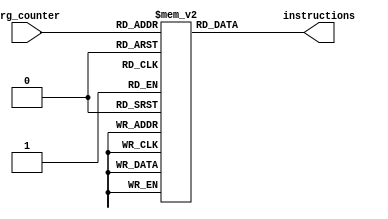
`timescale 1ns / 1ps
//////////////////////////////////////////////////////////////////////////////////
// Company: 
// Engineer: 
// 
// Design Name: 
// Module Name: pro_memory
// Project Name: 
// Target Devices: 
// Tool Versions: 
// Description: 
// 
// Dependencies: 
// 
// Revision:
// Revision 0.01 - File Created
// Additional Comments:
// 
//////////////////////////////////////////////////////////////////////////////////


module pro_memory(
	input [7:0] prg_counter,
	output [16:0] instructions
	);
    
	reg [16:0] instruction_memory [0:255];
    
	initial
	//begin
    
	//$readmemb("memory_block.mem", instruction_memory);
    
	//end
   //always @ (*)
	begin
	instruction_memory[0] = 17'b10010001000000000;
	instruction_memory[1] = 17'b01000010001000100;
	instruction_memory[2] = 17'b10101010010000100;
	instruction_memory[3] = 17'b10101011001000100;
	instruction_memory[4] = 17'b10000000010011000; //op code 5, DA 0, RA 2 RB 3,IM 0
	instruction_memory[5] = 17'b00111000000000000;

	end
	
	assign instructions = instruction_memory[prg_counter];
endmodule